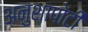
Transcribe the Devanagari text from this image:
अनुशापोटी